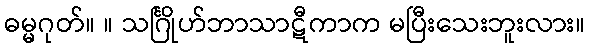
ဓမ္မဂုတ်။ ။ သင်္ဂြိုဟ်ဘာသာဋီကာက မပြီးသေးဘူးလား။